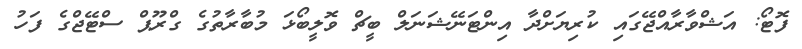
ފޮޓޯ: އަޝްވާރާއްޖޭގައި ކުރިޔަށްދާ އިންޓަނޭޝަނަލް ބީޗް ވޮލީބޯޅަ މުބާރާތުގެ ގްރޫޕް ސްޓޭޖްގެ ފަހު